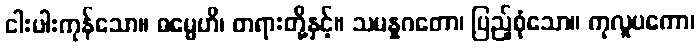
ငါးပါးကုန်သော။ ဓမ္မေဟိ၊ တရားတို့နှင့်။ သမန္နဂတော၊ ပြည့်စုံသော။ ကုလူပကော၊